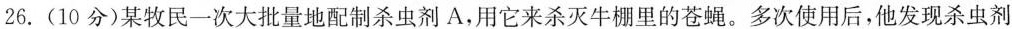
26.(10分)某牧民一次大批量地配制杀虫剂 A，用它来杀灭牛棚里的苍蝇。多次使用后，他发现杀虫剂